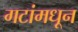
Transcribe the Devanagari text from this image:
गटांमधून